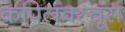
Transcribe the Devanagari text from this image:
कपिलवस्तूस